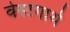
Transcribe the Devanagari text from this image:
वेस्टगार्थ